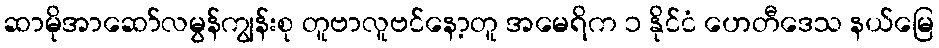
ဆာမိုအာဆော်လမွန်ကျွန်းစု တူဗာလူဗင်နော့တူ အမေရိက ၁ နိုင်ငံ ဟေတီဒေသ နယ်မြေ